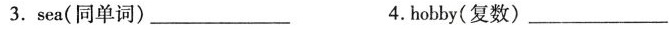
3.sea(同单词) ___ 4.hobby(复数) ___